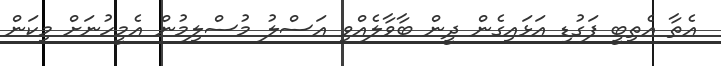
އެތާ އެތިބީ ފަގުޑި އަޅައިގެން ދީން ބާވާލެއްވި އަސްލު މުސްލިމުން އެމީހުނަށް މިކަން